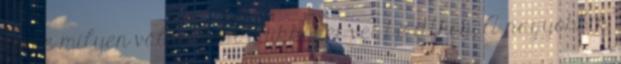
törpe milyen választási trükköket vet be itthon. A nagyobbik